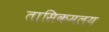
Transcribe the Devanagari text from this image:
तासिकमलय